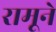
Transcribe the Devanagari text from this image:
रामूने